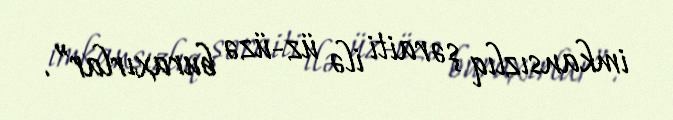
imkansızlıq şəraiti ilə üz-üzə buraxırlar”.